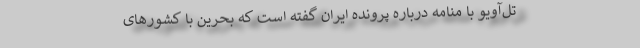
تل‌آویو با منامه درباره پرونده ایران گفته است که بحرین با کشورهای